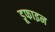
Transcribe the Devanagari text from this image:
डूफाइन